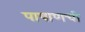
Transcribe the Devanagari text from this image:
पाषाणची